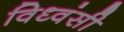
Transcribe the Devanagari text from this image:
विध्वंसी